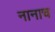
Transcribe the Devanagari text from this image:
नानाच